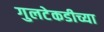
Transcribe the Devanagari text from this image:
गुलटेकडीच्या